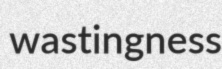
wastingness